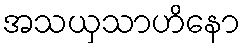
အသယှသာဟိနော